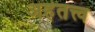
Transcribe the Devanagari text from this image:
अहंतत्त्व